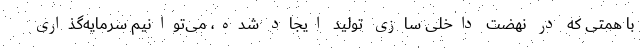
با همتی که در نهضت داخلی سازی تولید ایجاد شده، می‌توانیم سرمایه‌گذاری